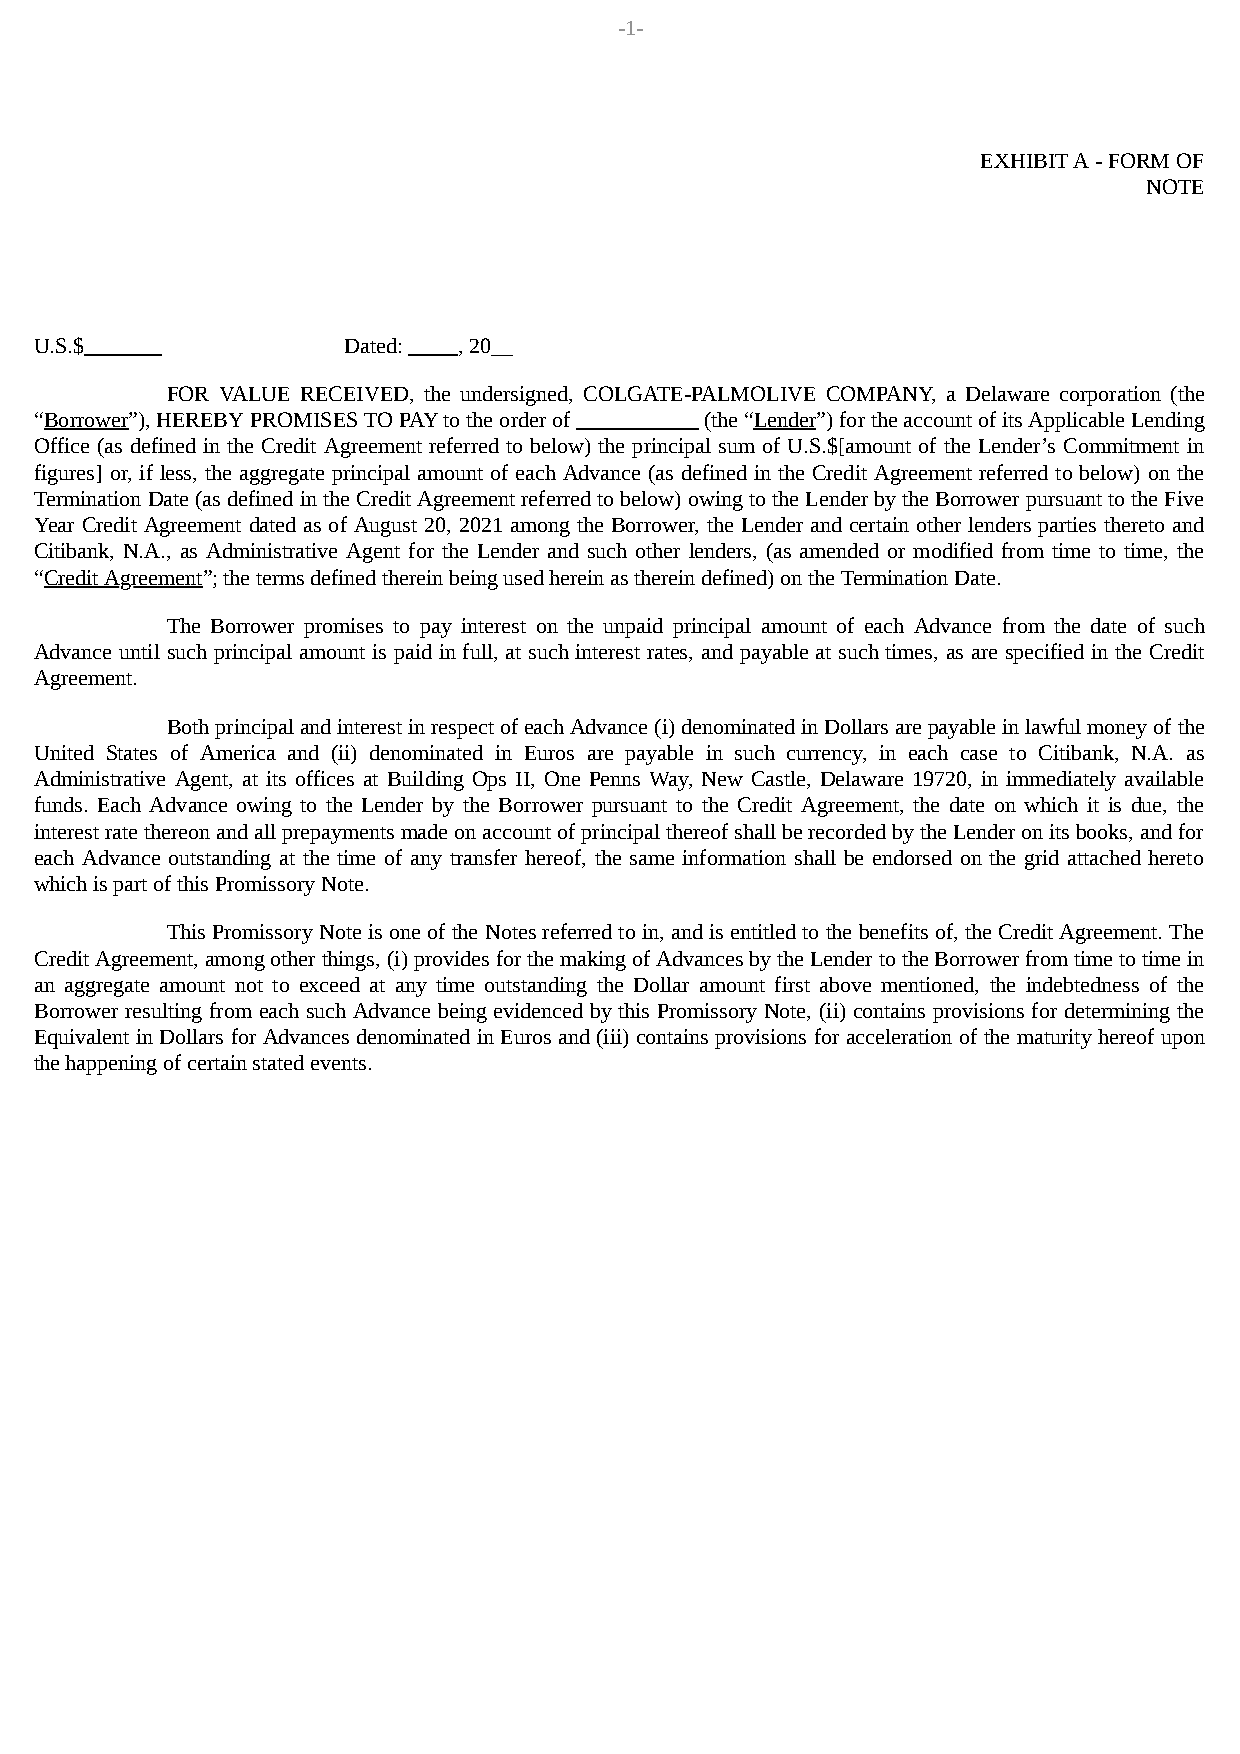
-1-
 EXHIBIT A - FORM OF
 NOTE
 U.S.$                Dated: , 20__
 FOR VALUE RECEIVED, the undersigned, COLGATE-PALMOLIVE COMPANY, a Delaware corporation (the
 “Borrower”), HEREBY PROMISES TO PAY to the order of (the “Lender”) for the account of its Applicable Lending
 Office (as defined in the Credit Agreement referred to below) the principal sum of U.S.$[amount of the Lender’s Commitment in
 figures] or, if less, the aggregate principal amount of each Advance (as defined in the Credit Agreement referred to below) on the
 Termination Date (as defined in the Credit Agreement referred to below) owing to the Lender by the Borrower pursuant to the Five
 Year Credit Agreement dated as of August 20, 2021 among the Borrower, the Lender and certain other lenders parties thereto and
 Citibank, N.A., as Administrative Agent for the Lender and such other lenders, (as amended or modified from time to time, the
 “Credit Agreement”; the terms defined therein being used herein as therein defined) on the Termination Date.
 The Borrower promises to pay interest on the unpaid principal amount of each Advance from the date of such
 Advance until such principal amount is paid in full, at such interest rates, and payable at such times, as are specified in the Credit
 Agreement.
 Both principal and interest in respect of each Advance (i) denominated in Dollars are payable in lawful money of the
 United States of America and (ii) denominated in Euros are payable in such currency, in each case to Citibank, N.A. as
 Administrative Agent, at its offices at Building Ops II, One Penns Way, New Castle, Delaware 19720, in immediately available
 funds. Each Advance owing to the Lender by the Borrower pursuant to the Credit Agreement, the date on which it is due, the
 interest rate thereon and all prepayments made on account of principal thereof shall be recorded by the Lender on its books, and for
 each Advance outstanding at the time of any transfer hereof, the same information shall be endorsed on the grid attached hereto
 which is part of this Promissory Note.
 This Promissory Note is one of the Notes referred to in, and is entitled to the benefits of, the Credit Agreement. The
 Credit Agreement, among other things, (i) provides for the making of Advances by the Lender to the Borrower from time to time in
 an aggregate amount not to exceed at any time outstanding the Dollar amount first above mentioned, the indebtedness of the
 Borrower resulting from each such Advance being evidenced by this Promissory Note, (ii) contains provisions for determining the
 Equivalent in Dollars for Advances denominated in Euros and (iii) contains provisions for acceleration of the maturity hereof upon
 the happening of certain stated events.